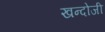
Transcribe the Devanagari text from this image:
खन्दोजी